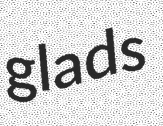
glads